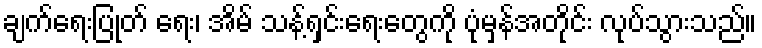
ချက်ရေးပြုတ် ရေး၊ အိမ် သန့်ရှင်းရေးတွေကို ပုံမှန်အတိုင်း လုပ်သွားသည်။